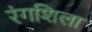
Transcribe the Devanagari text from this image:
रंगशिला